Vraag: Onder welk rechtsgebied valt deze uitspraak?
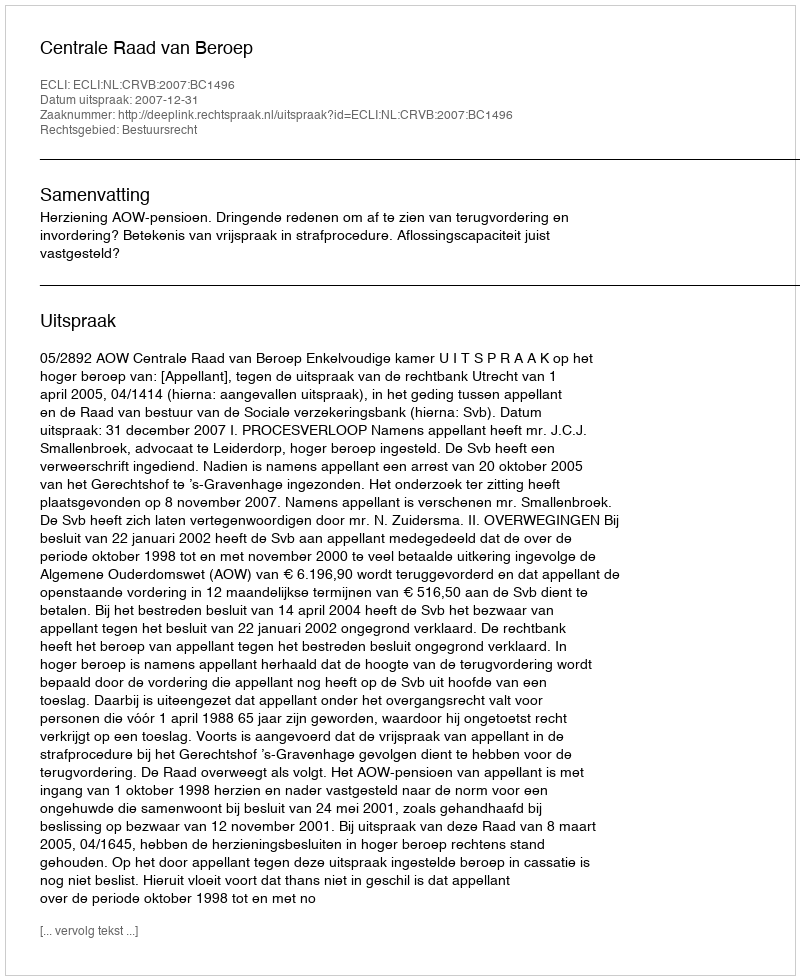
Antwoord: Bestuursrecht